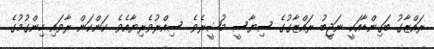
ރައްޒާގު ބަގިންޑާއަކީ ނަޖީބު ރައްޒާގުގެ ސިޔާސީ މުޝީރެވެ. ސިއްރުވެރިޔާއެވެ. ކަންކަން ރާވައި ހިންގުމުގެ